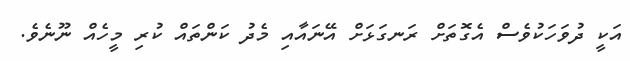
އަކީ ދުވަހަކުވެސް އެގޮތަށް ރަނގަޅަށް އޭނައާއި މެދު ކަންތައް ކުރި މީހެއް ނޫނެވެ.